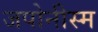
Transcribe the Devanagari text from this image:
जपोनीस्म